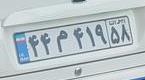
۴۴م۴۱۹۵۸